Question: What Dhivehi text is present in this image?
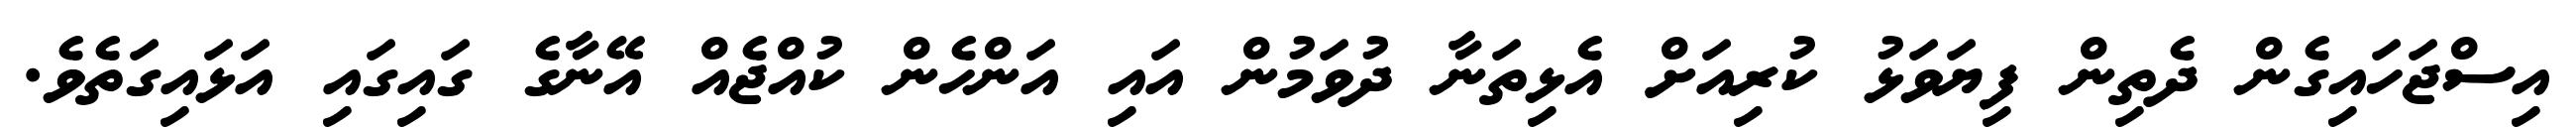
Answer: އިސްޖަހައިގެން ދެތިން ފިޔަވަޅު ކުރިއަށް އެޅިތަނާ ދުވަމުން އައި އަންހެން ކުއްޖެއް އޭނާގެ ގައިގައި އަޅައިގަތެވެ.